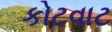
કોટવાટ